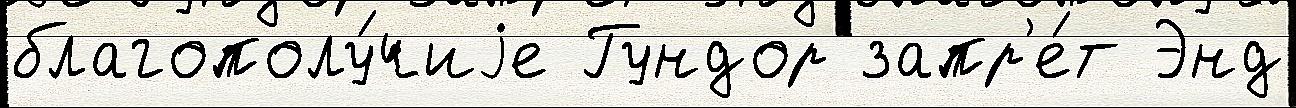
благополу́чиjе Гундор запр'е́т Энд